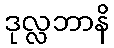
ဒုလ္လဘာနိ